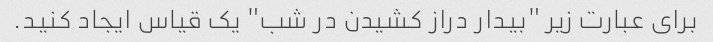
برای عبارت زیر "بیدار دراز کشیدن در شب" یک قیاس ایجاد کنید.